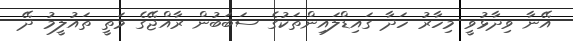
އޭނާ ވިދާޅުވީ މިހާރު ހަދާ ގައިޑްލައިންތަކުގެ ސަބަބުން ރާއްޖޭގެ މަތީ ތައުލީމު ދޭ